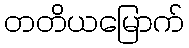
တတိယမြောက်